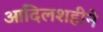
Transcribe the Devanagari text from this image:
आदिलशहीने